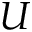
U